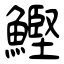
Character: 鰹